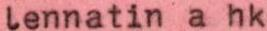
lennatin a hk